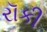
રૉકી